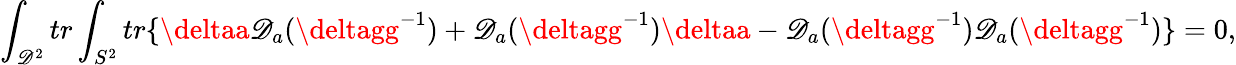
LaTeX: \int_{\mathscr{D}^{2}}tr\int_{S^{2}}tr\{ \deltaa\mathscr{D}_{a}(\deltagg^{-1})+\mathscr{D}_{a}(\deltagg^{-1})\deltaa-\mathscr{D}_{a}(\deltagg^{-1})\mathscr{D}_{a}(\deltagg^{-1})\} =0,